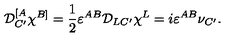
{ \cal D } _ { C ^ { \prime } } ^ { [ A } \chi ^ { B ] } = \frac { 1 } { 2 } \varepsilon ^ { A B } { \cal D } _ { L C ^ { \prime } } \chi ^ { L } = i \varepsilon ^ { A B } \nu _ { C ^ { \prime } } .